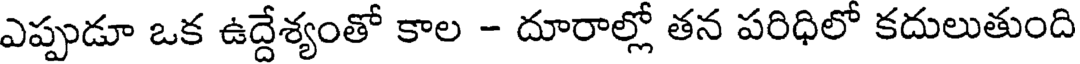
ఎప్పుడూ ఒక ఉద్దేశ్యంతో కాల - దూరాల్లో తన పరిధిలో కదులుతుంది